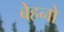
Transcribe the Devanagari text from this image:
बेहनो